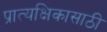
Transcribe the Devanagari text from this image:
प्रात्यक्षिकासाठी